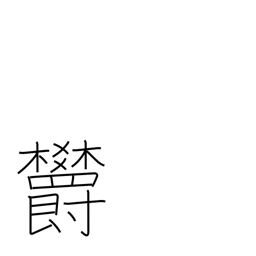
Meaning: depression